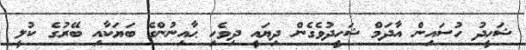
ޝަހީދު ހުސައިން އާދަމް ޝަހީދުވެގެން ދިޔައީ ދިވެހި ޙާއިނުންގެ ބަޔަކާއި ބޭރުގެ ކުލީ